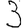
Digit: 3